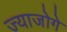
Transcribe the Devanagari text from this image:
ज्याजोगे